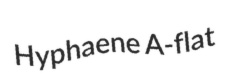
Hyphaene A-flat